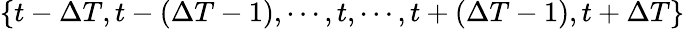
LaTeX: \{ t-\Delta T,t-(\Delta T-1),\cdots,t,\cdots,t+(\Delta T-1),t+\Delta T\}